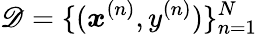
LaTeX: \mathscr{D}=\{ ({\boldsymbol{x}}^{(n)},y^{(n)})\} _{n=1}^{N}